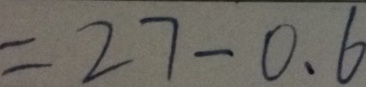
= 2 7 - 0 . 6